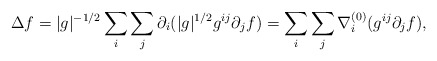
\begin{align*}\Delta f = |g|^{-1/2} \sum_i \sum_j \partial_i (|g|^{1/2} g^{ij} \partial_j f)= \sum_i \sum_j \nabla_{i}^{(0)} (g^{ij} \partial_j f),\end{align*}